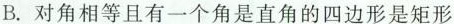
B.对角相等且有一个角是直角的四边形是矩形